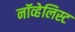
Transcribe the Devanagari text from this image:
नॉव्हेलिस्ट